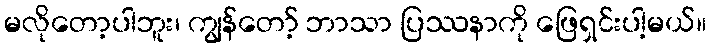
မလိုတော့ပါဘူး၊ ကျွန်တော့် ဘာသာ ပြဿနာကို ဖြေရှင်းပါ့မယ်။